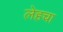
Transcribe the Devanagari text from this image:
लेहचा